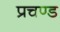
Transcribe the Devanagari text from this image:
प्रचण्‍ड